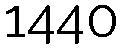
1440